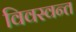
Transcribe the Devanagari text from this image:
विवस्वन्त